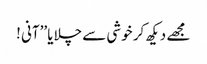
مجھے دیکھ کر خوشی سے چلایا ’’آنی !